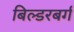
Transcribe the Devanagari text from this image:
बिल्डरबर्ग